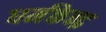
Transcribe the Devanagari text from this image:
धर्मकेन्द्र